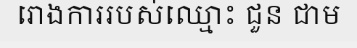
រោងការរបស់ឈ្មោះ ជួន ជាម